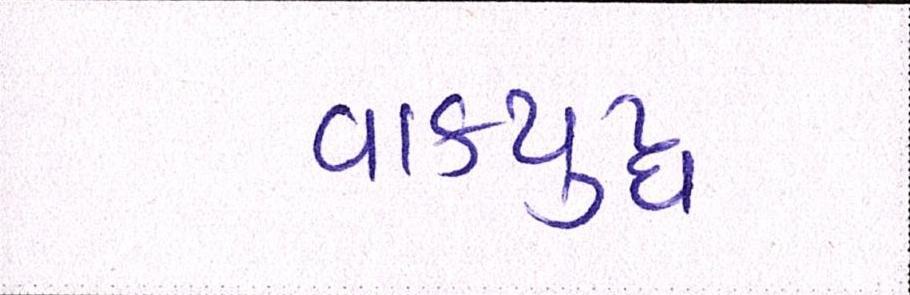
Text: વાકયુદ્ધ